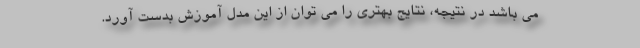
می باشد در نتیجه، نتایج بهتری را می توان از این مدل آموزش بدست آورد.